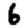
Digit: 6